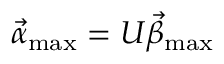
\vec { \alpha } _ { \mathrm { m a x } } = \boldsymbol { U } \vec { \beta } _ { \mathrm { m a x } }